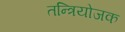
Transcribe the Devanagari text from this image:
तन्त्रियोजक